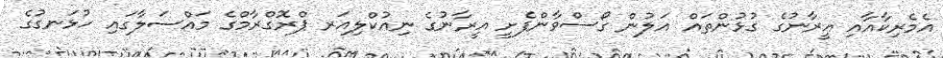
އެމެރިކާއާއި އީރާނުގެ ގުޅުންތައް އަލުން ގޯސްވާންފެށީ އީރާނުގެ ނިއުކްލިއަރ ޕްރޮގްރާމްގެ މައްސަލާގައި ހުޅަނގުގެ